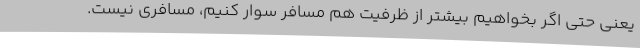
یعنی حتی اگر بخواهیم بیشتر از ظرفیت هم مسافر سوار کنیم، مسافری نیست.